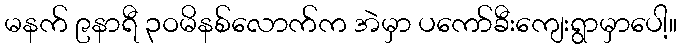
မနက် ၉နာရီ ၃ဝမိနစ်လောက်က အဲမှာ ပကော်ခီးကျေးရွာမှာပေါ့။